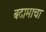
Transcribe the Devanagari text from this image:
बदामाचा